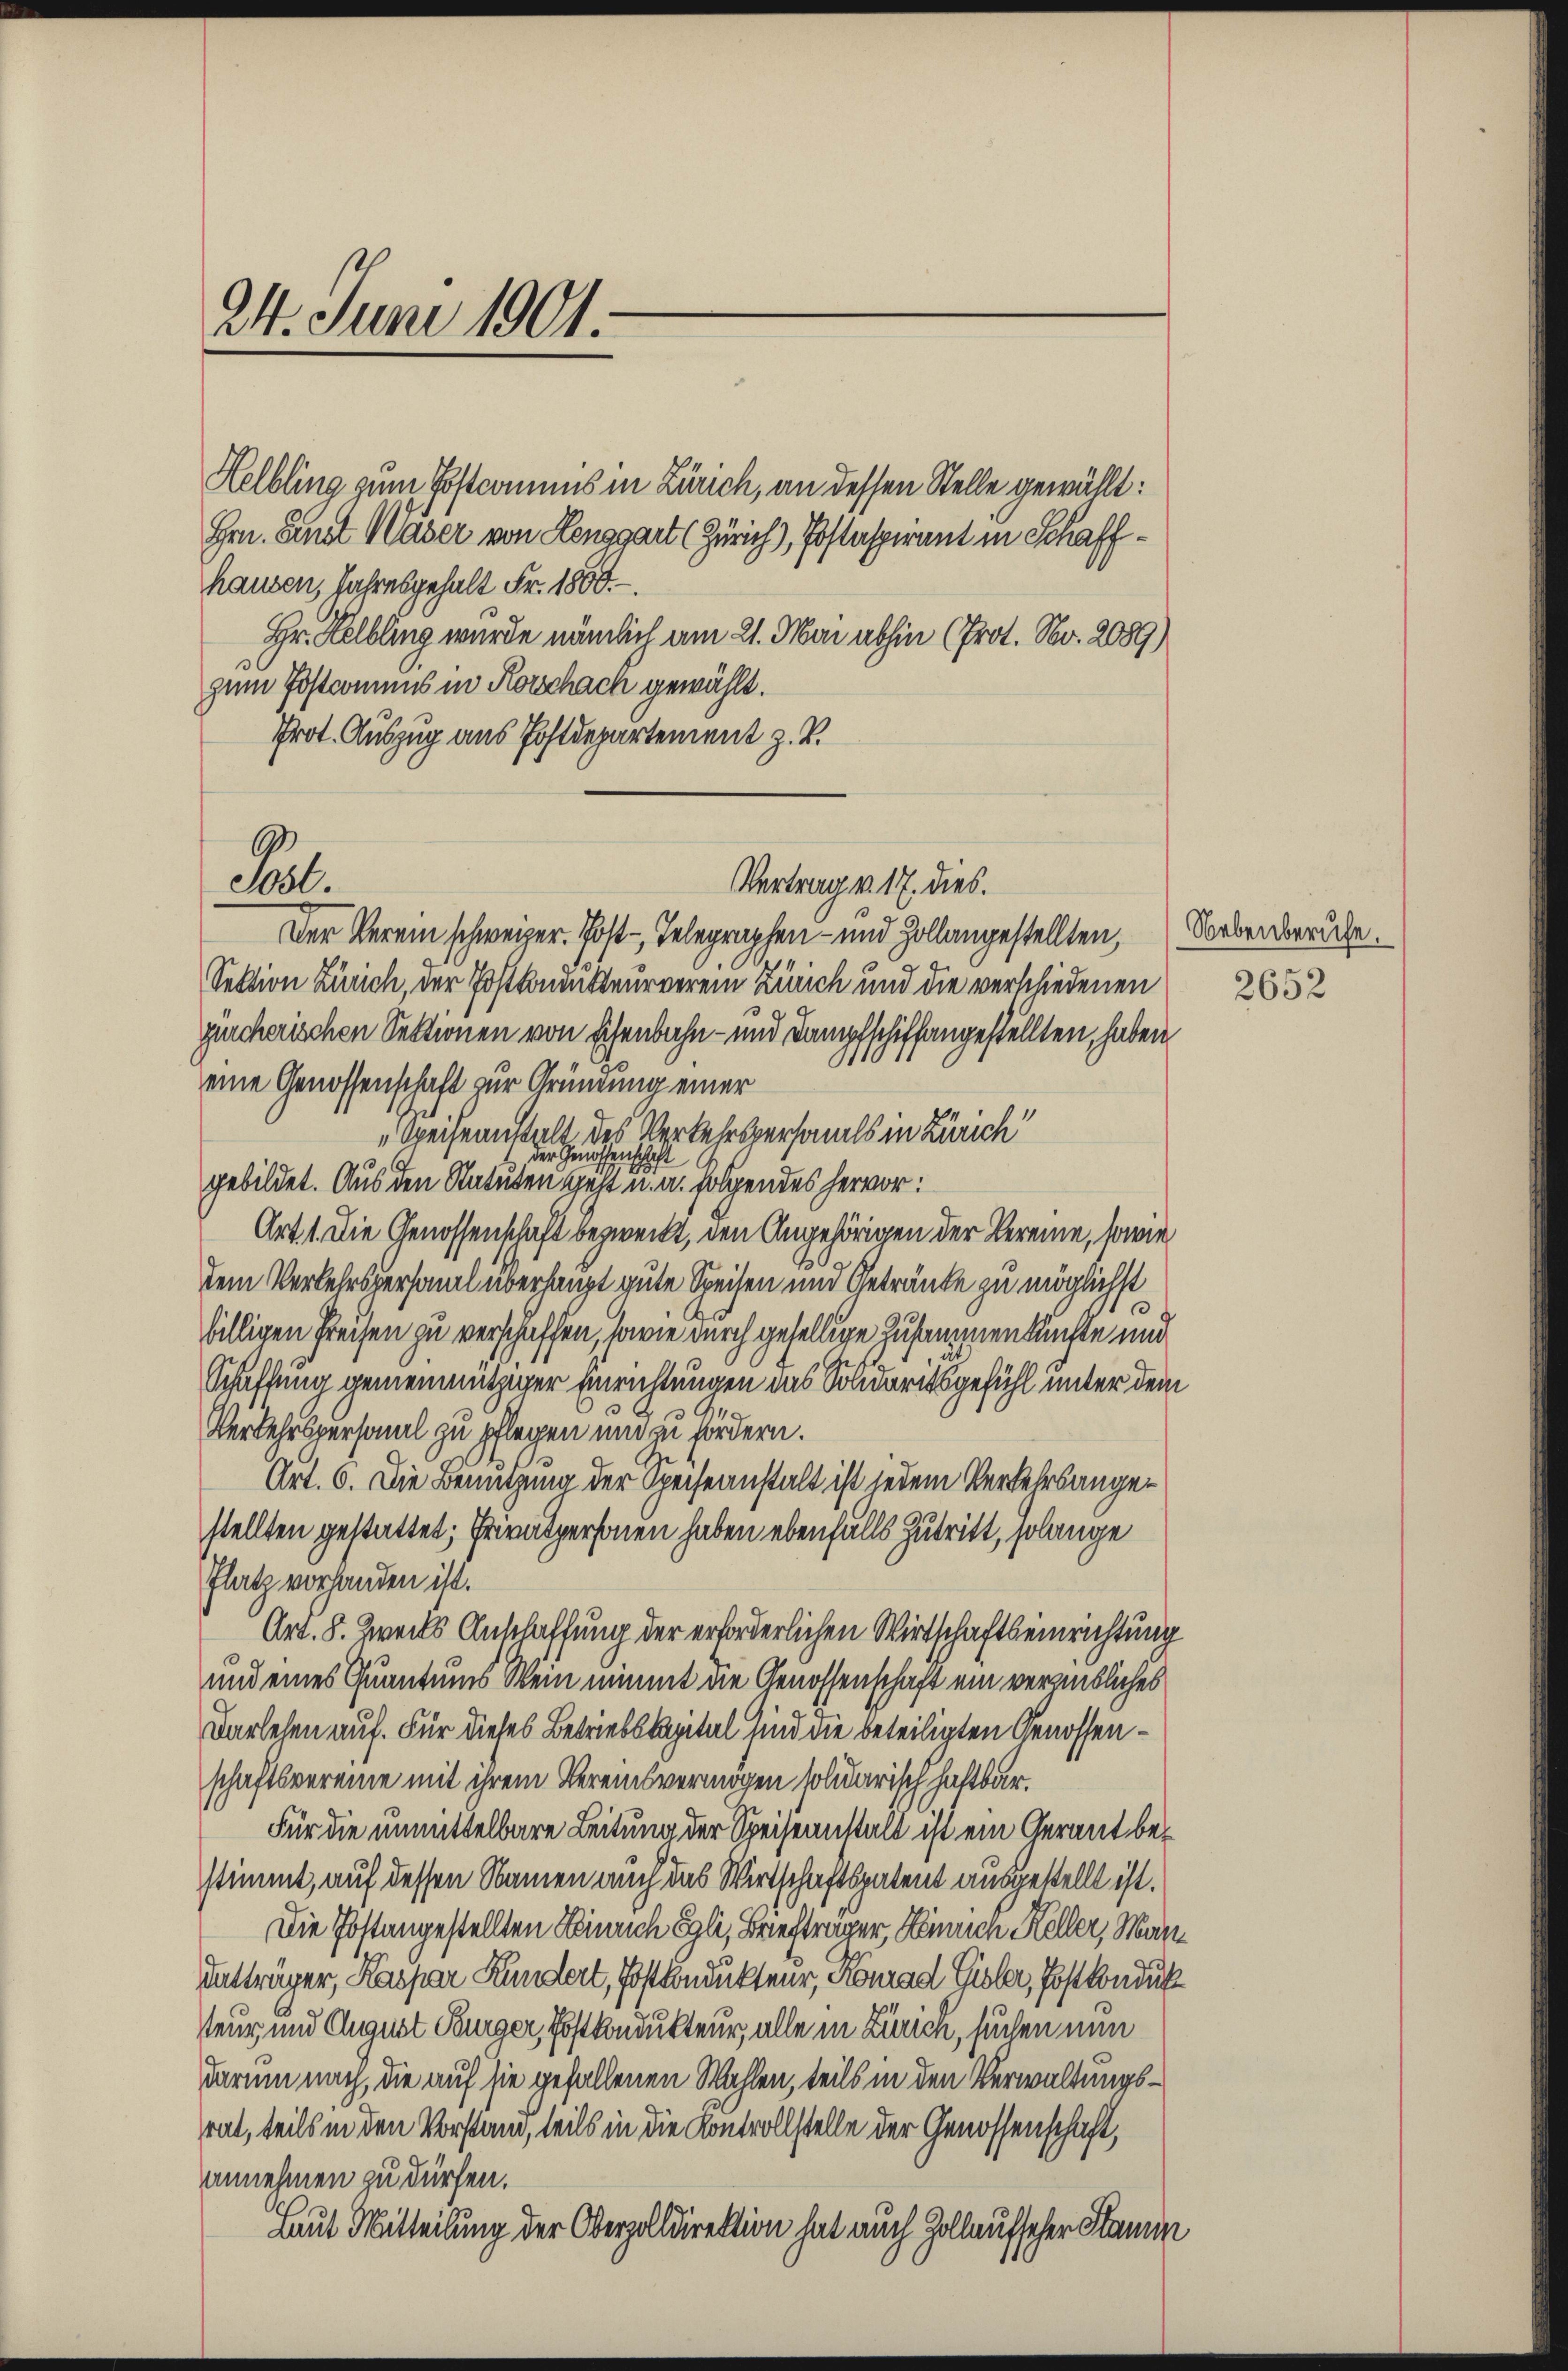
24. Juni 1901.

Helbling zum Postcommis in Zürich, an dessen Stelle gewählt:
Hrn. Senat Mader von Lenggart (Zürich), Postaspirant in Schaffhausen, Jahresgehalt Fr. 1800.-.
Hr. Helbling wurde nämlich am 21. Mai abhin (Prot. No. 2089)
zum Postromens in Korschach gewählt.
Prot. Auszug aus Postdepartement z. B.
Der Verein schweizer. Post Telegraphen- und Hollangestellten,
Sektion Zürich, der Postkonetteurnerein Zürich und die verschiedenen
purcherischen Sektionen von schenbahn- und Dampfschiffangestellten, haben
eine Genossenschaft zur Gründung einer
Speiseanstalt des Verkehrspersonals in Zürich
gebildet. Aus den Statuten geht u. a. folgendes hervor:
Art. 1. Die Genossenschaft bezweckt, den Angehörigen der Vereine, sowie
dem Verkehrsversamel überhaupt gute Speisen und Geträufe zu möglichst
billigen Preisen zu verschaffen, sowie durch gesellige zusammenkuchte und
Schaffung gemeinnütziger Einrichtungen das Solidaritsgefühl unter dem
Verkehrspersonal zu pflegen und zu fördern.
Art. 6. Die Benutzung der Speiseanstalt ist jedem Verkehrsangestellten gestattet; Privatpersonen haben ebenfalls Zutritt, solange
Platz vorhanden ist.
Art. 8. Zeits Anschaffung der erforderlichen Wirtschaftseinrichtung
und eines Quantums Wein nimmt die Genossenschaft ein veransliches
Darlehen auf. Für dieses Betriebskapital sind die beteiligten Genossenschaftsvereine mit ihrem Vereinsvermögen solidarisch haftbar.
Für die unmittelbare Leitung der Speiseanstalt ist ein Gerant bestimmt, auf dessen Namen auch das Wirtschaftspatent ausgestellt ist.
Die Postangestellten Heinrich Egli, Briefträger, Sinnen Heller, Mar¬
Tatträger, Kaspar Kundert, Postkondukteur, Konrad Gisler, Postkonduk
teur und August Burger, Postkondukteur, alle in Zürich, suchen nun
darum nach, die auf sie gefallenen Wahlen, teils in den Verwaltungsrat, teils in den Vorstand, teils in die Kontrollstelle der Genossenschaft,
annehmen zu dürfen.
Laut Mitteilung der Oberzolldirektion hat auch Zollaufseher Stamm

6
Sost.

Vertrag v. 17. dies.

Nebenberufe.

2652